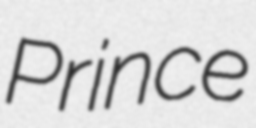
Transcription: Prince